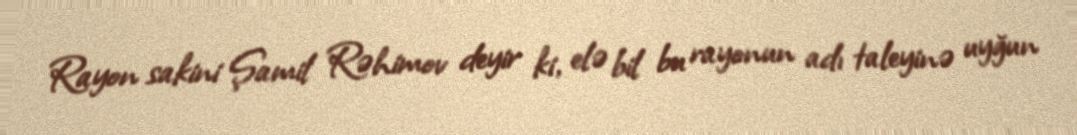
Rayon sakini Şamil Rəhimov deyir ki, elə bil bu rayonun adı taleyinə uyğun